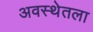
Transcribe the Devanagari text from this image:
अवस्थेतला